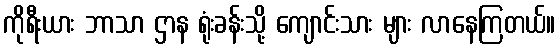
ကိုရီးယား ဘာသာ ဌာန ရုံးခန်းသို့ ကျောင်းသား များ လာနေကြတယ်။